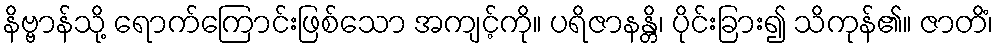
နိဗ္ဗာန်သို့ ရောက်ကြောင်းဖြစ်သော အကျင့်ကို။ ပရိဇာနန္တိ၊ ပိုင်းခြား၍ သိကုန်၏။ ဇာတိံ၊